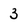
Character: 3